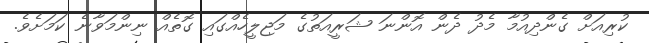
ކުރިއަށް ގެންދިއުުމާ މެދު ދެން އޮންނަ ޝަރީއަތުގެ މަޖިލީހެއްގައި ގޮތެއް ނިންމަވާނެ ކަމަށެވެ.